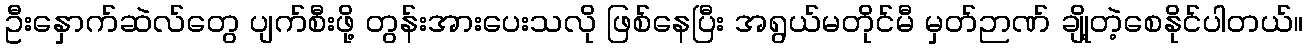
ဦးနှောက်ဆဲလ်တွေ ပျက်စီးဖို့ တွန်းအားပေးသလို ဖြစ်နေပြီး အရွယ်မတိုင်မီ မှတ်ဉာဏ် ချို့တဲ့စေနိုင်ပါတယ်။